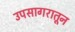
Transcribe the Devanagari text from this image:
उपसागरातून